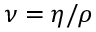
\nu = \eta / \rho